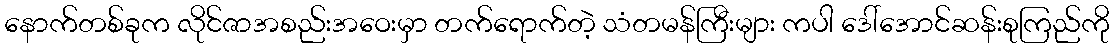
နောက်တစ်ခုက လိုင်ဇာအစည်းအဝေးမှာ တက်ရောက်တဲ့ သံတမန်ကြီးများ ကပါ ဒေါ်အောင်ဆန်းစုကြည်ကို